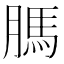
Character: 𦟐